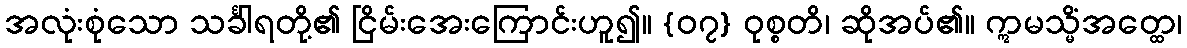
အလုံးစုံသော သင်္ခါရတို့၏ ငြိမ်းအေးကြောင်းဟူ၍။ {၀၇} ဝုစ္စတိ၊ ဆိုအပ်၏။ ဣမသ္မိံအတ္ထေ၊